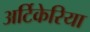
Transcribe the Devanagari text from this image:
अर्टिकेरिया